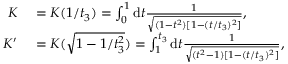
\begin{array} { r l } { K } & { { } = K ( 1 / t _ { 3 } ) = \int _ { 0 } ^ { 1 } \mathrm { d } t \frac { 1 } { \sqrt { ( 1 - t ^ { 2 } ) [ 1 - ( t / t _ { 3 } ) ^ { 2 } ] } } , } \\ { K ^ { \prime } } & { { } = K ( \sqrt { 1 - 1 / t _ { 3 } ^ { 2 } } ) = \int _ { 1 } ^ { t _ { 3 } } \mathrm { d } t \frac { 1 } { \sqrt { ( t ^ { 2 } - 1 ) [ 1 - ( t / t _ { 3 } ) ^ { 2 } ] } } , } \end{array}